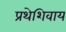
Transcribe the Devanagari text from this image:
प्रथेशिवाय